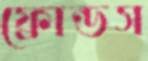
ফ্রোন্ডস